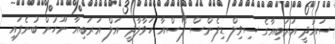
ސައުދީ އަރަބިއާގެ ސިވިލް ޑިފެންސް ފޯސްއާ ހަވާލާދީ އަލް އަރަބިއާ ނޫހުން ބުނެފައި